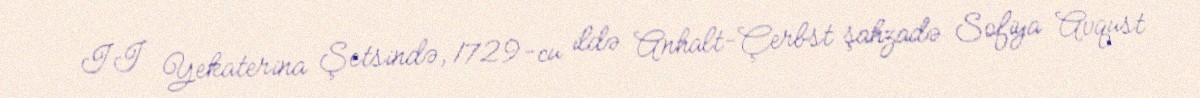
II Yekaterina Şetsində, 1729-cu ildə Anhalt-Çerbst şahzadə Sofiya Avqust